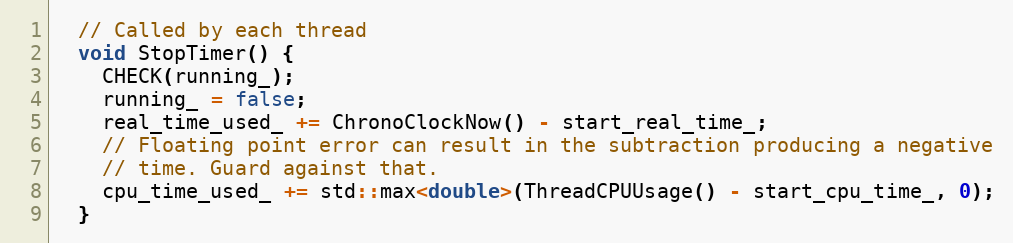
Language: C
  // Called by each thread
  void StopTimer() {
    CHECK(running_);
    running_ = false;
    real_time_used_ += ChronoClockNow() - start_real_time_;
    // Floating point error can result in the subtraction producing a negative
    // time. Guard against that.
    cpu_time_used_ += std::max<double>(ThreadCPUUsage() - start_cpu_time_, 0);
  }